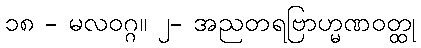
၁၈ - မလဝဂ္ဂ။ ၂- အညတရဗြာဟ္မဏဝတ္ထု